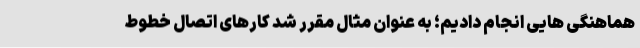
هماهنگی هایی انجام دادیم؛ به عنوان مثال مقرر شد کارهای اتصال خطوط